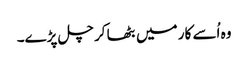
وہ اُسے کار میں بٹھا کر چل پڑے۔